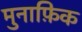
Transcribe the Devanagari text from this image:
मुनाफ़िक